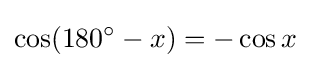
\cos(180^{\circ }-x)=-\cos x